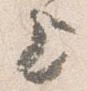
上